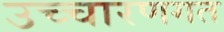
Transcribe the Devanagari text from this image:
उच्‍चारणगत